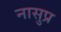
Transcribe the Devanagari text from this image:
नासुप्र